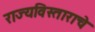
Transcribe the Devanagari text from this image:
राज्यविस्ताराचे